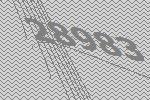
28983